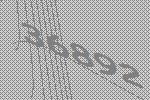
36892